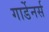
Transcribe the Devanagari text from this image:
गार्डेनर्स